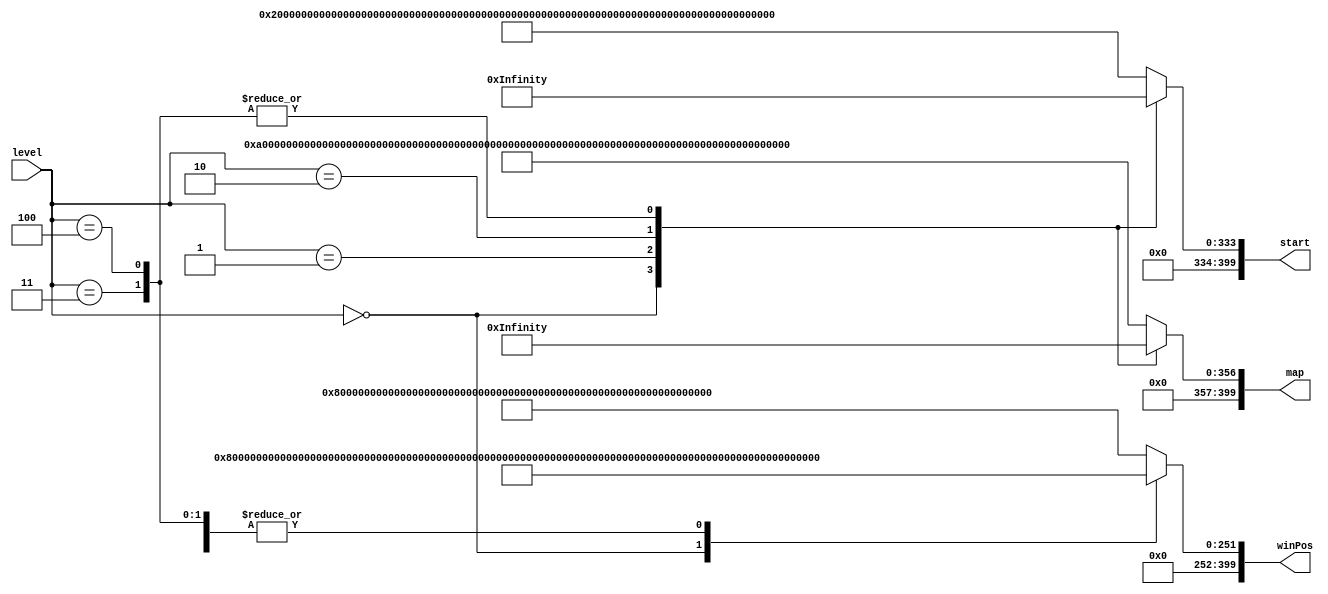
/*
   This file was generated automatically by the Mojo IDE version B1.3.5.
   Do not edit this file directly. Instead edit the original Lucid source.
   This is a temporary file and any changes made to it will be destroyed.
*/

module map_10 (
    input [2:0] level,
    output reg [399:0] map,
    output reg [399:0] start,
    output reg [399:0] winPos
  );
  
  
  
  always @* begin
    
    case (level)
      1'h0: begin
        map = 400'h000000000000000000000000000000000000c000000041000000008000000000000000000000000000004080000000000000;
        start = 400'h0000000000000000000000000000000000000000000000000000000000000000000000000000000008000000000000000000;
        winPos = 400'h0000000000000000000000000000000000000000000000000000000000000000800000000000000000000000000000000000;
      end
      1'h1: begin
        map = 400'h00000000000a1a000808040442121003030144440008020a080a0802080804740212103b0302c544204003f6080000000000;
        start = 400'h0000000000000000000000000000000000000000000000000000000000000000000000000000000010000000000000000000;
        winPos = 400'h0000000000000000000000000000000000000008000000000000000000000000000000000000000000000000000000000000;
      end
      2'h2: begin
        map = 400'h00000000000a0a000804040042121002400100240008828a000208020810041400128003000004440008000e080000000000;
        start = 400'h0000000000000000000000000000000000000000000000000000000000000000000000000001000000000000000000000000;
        winPos = 400'h0000000000000000000000000000000000000008000000000000000000000000000000000000000000000000000000000000;
      end
      2'h3: begin
        map = 400'h0000000000188a00010004000082400240400020040082020002040200100002000400000000200800084080400000000000;
        start = 400'h0000000000000000000000000000000000000000000000000000000000000800000000000000000000000000000000000000;
        winPos = 400'h0000000000000000000000000000000000000008000000000000000000000000000000000000000000000000000000000000;
      end
      3'h4: begin
        map = 400'h0000000000188a00010004000082400240400020040082020002040200100002000400000000200800084080400000000000;
        start = 400'h0000000000000000000000000000000000000000000000000000000000000800000000000000000000000000000000000000;
        winPos = 400'h0000000000000000000000000000000000000008000000000000000000000000000000000000000000000000000000000000;
      end
      default: begin
        map = 400'h00000000000a00000000000001e0ec0303014544000001f5f40a0a000808040401edec030301454400000145440000000000;
        start = 400'h0000000000000000200000000000000000000000000000000000000000000000000000000000000000000000000000000000;
        winPos = 400'h0000000000000000000000000000000000000800000000000000000000000000000000000000000000000000000000000000;
      end
    endcase
  end
endmodule